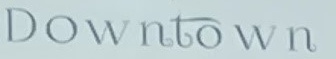
DOWNTOWN